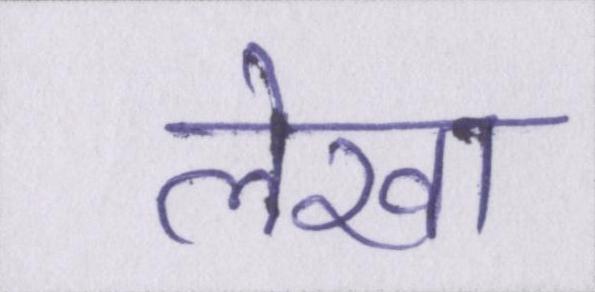
लेखा